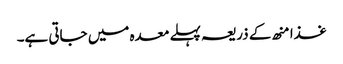
غذا منھ کے ذریعہ پہلے معدہ میں جاتی ہے۔